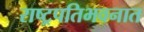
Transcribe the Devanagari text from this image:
राष्ट्रपतिभवनात